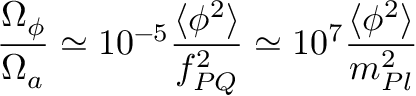
\frac { \Omega _ { \phi } } { \Omega _ { a } } \simeq 1 0 ^ { - 5 } \frac { \langle \phi ^ { 2 } \rangle } { f _ { P Q } ^ { 2 } } \simeq 1 0 ^ { 7 } \frac { \langle \phi ^ { 2 } \rangle } { m _ { P l } ^ { 2 } }